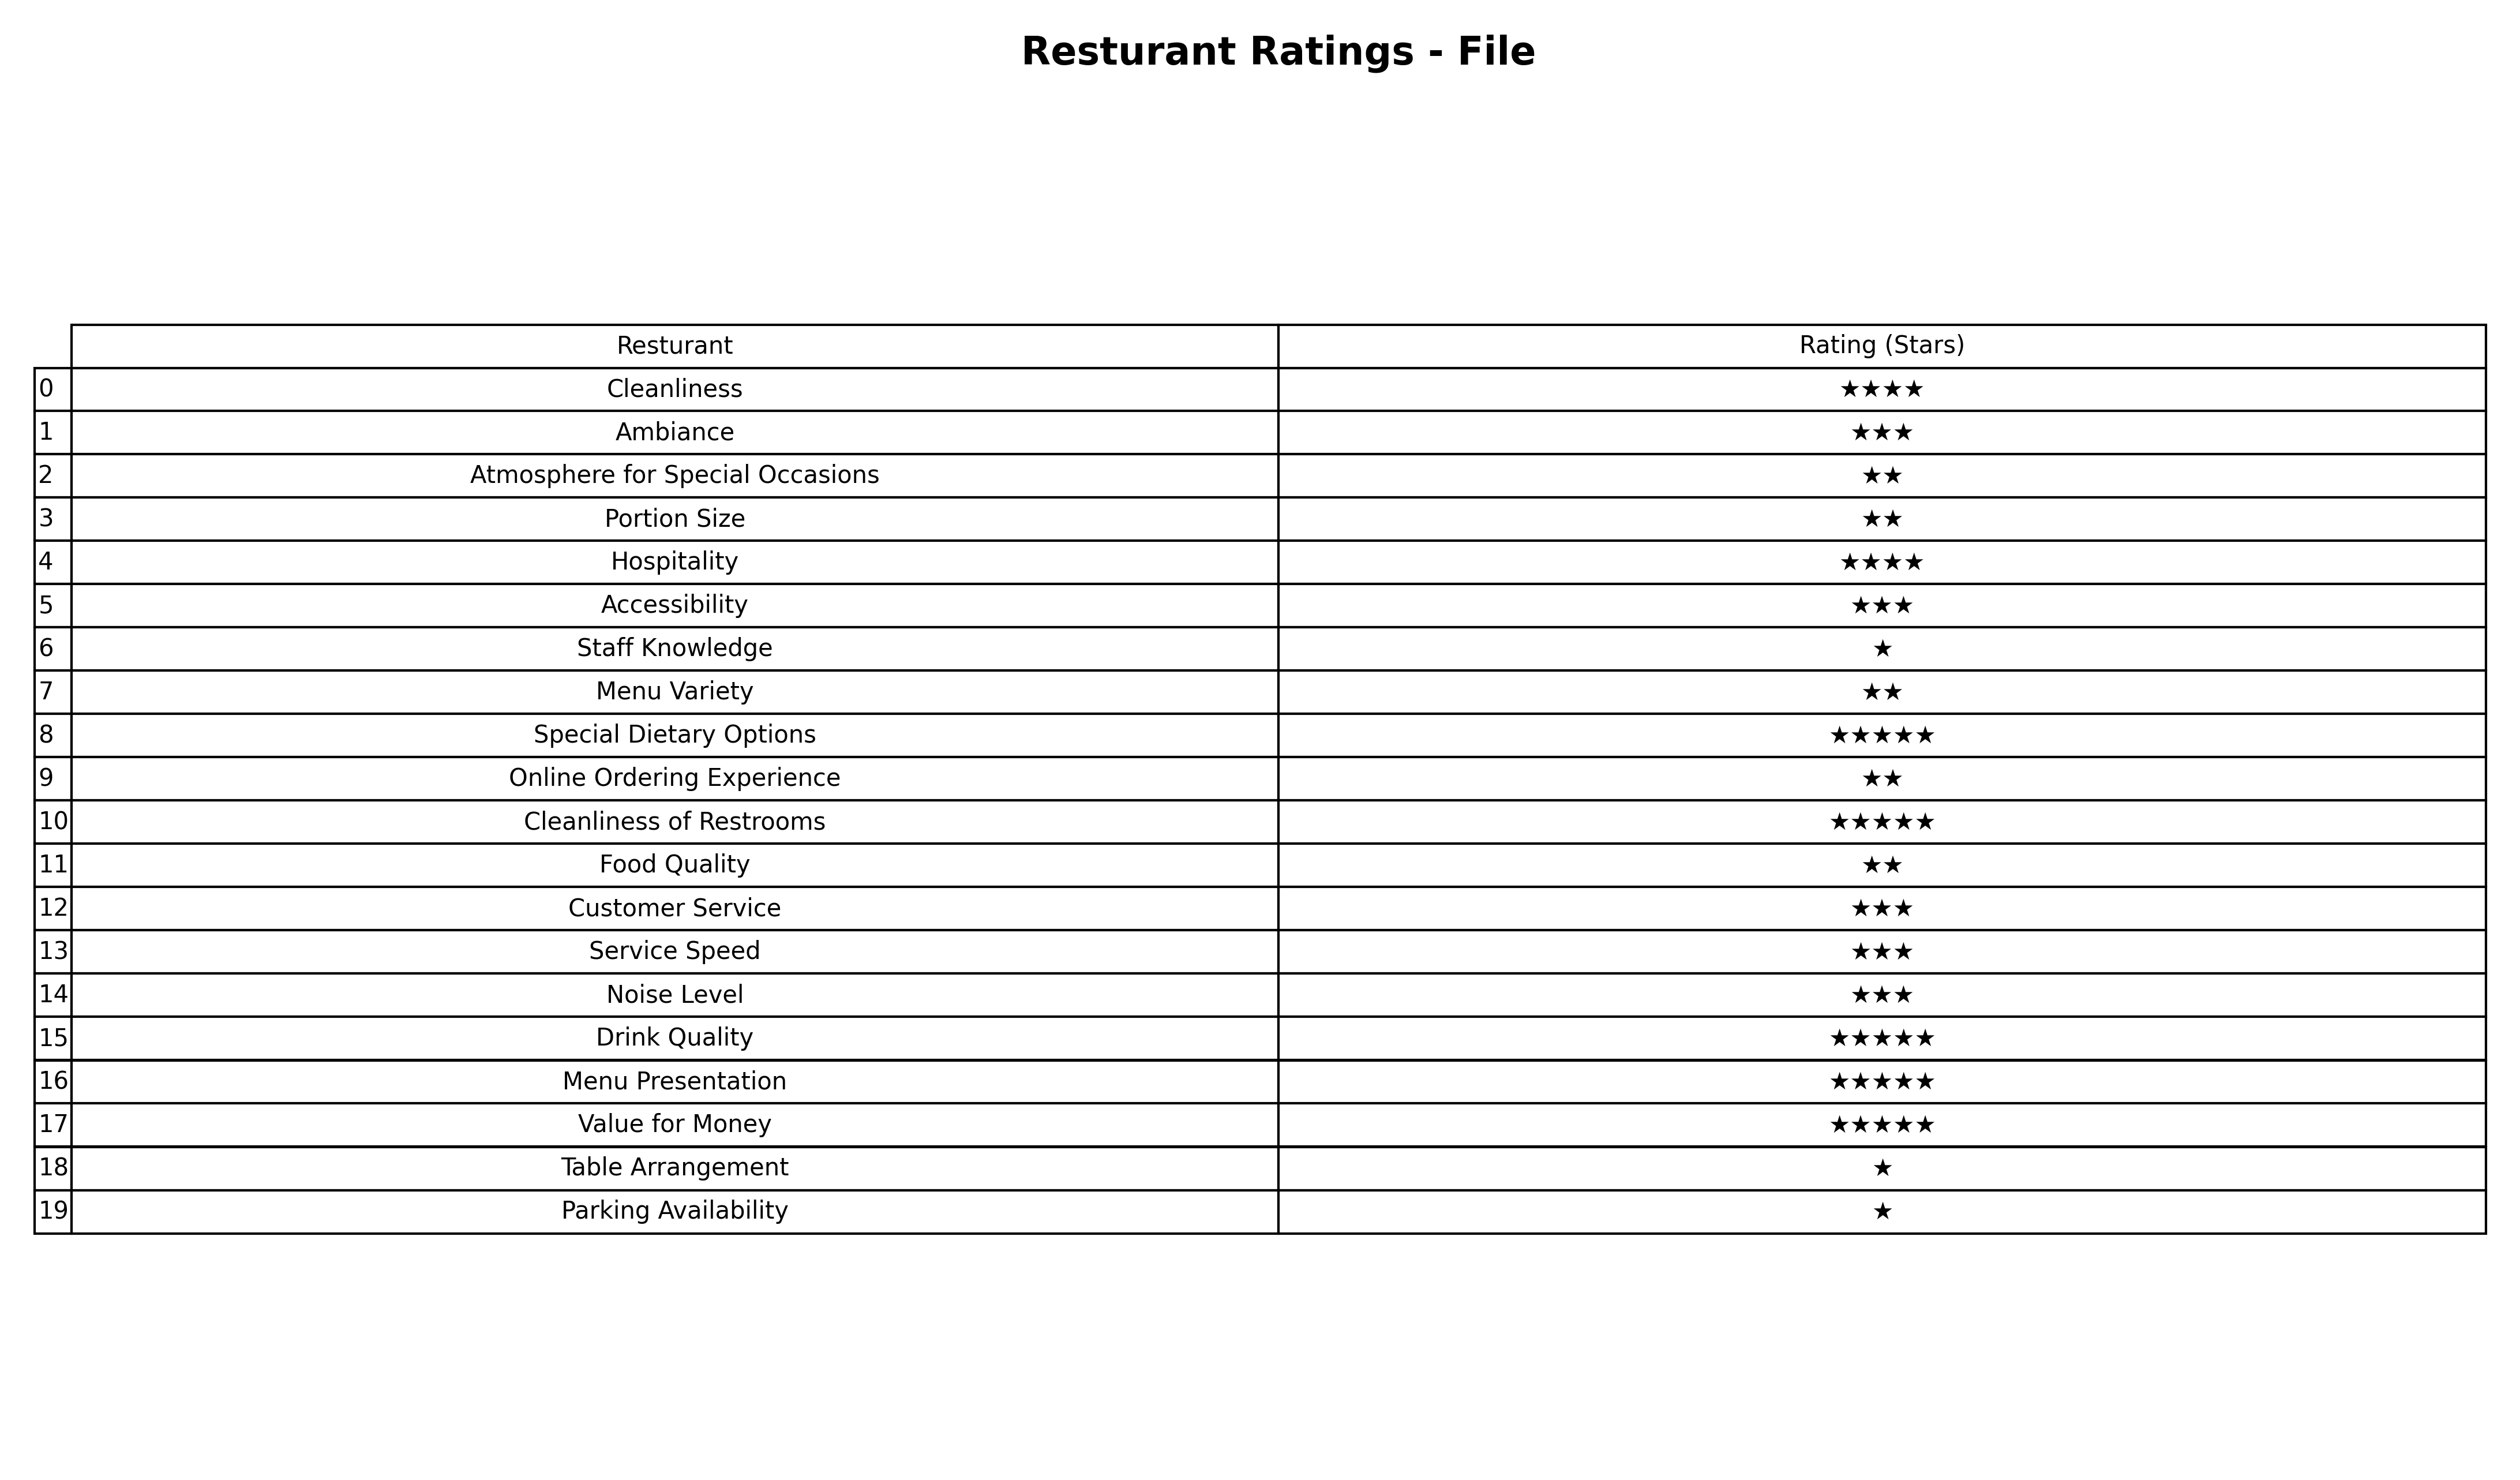
question: What are three star services?
answer: AmbianceAccessibilityCustomer ServiceService SpeedNoise Level